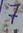
Text: 7